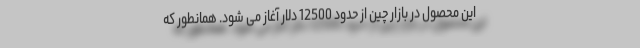
این محصول در بازار چین از حدود 12500 دلار آغاز می شود. همانطور که